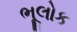
ભૂલોક